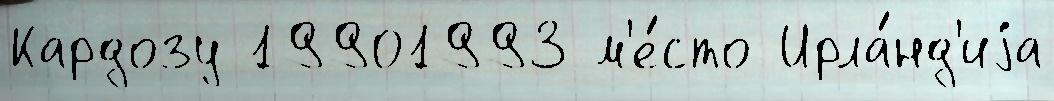
Кардозу 19901993 м'е́сто Ирла́нд'иjа